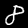
Digit: 8